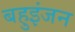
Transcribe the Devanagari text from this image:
बहुइंजन